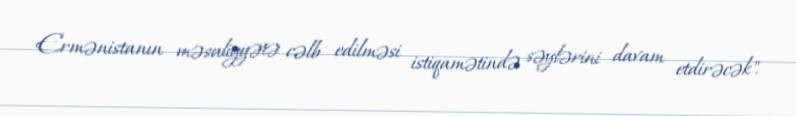
Ermənistanın məsuliyyətə cəlb edilməsi istiqamətində səylərini davam etdirəcək".